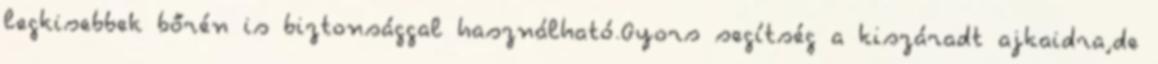
legkisebbek bőrén is biztonsággal használható.Gyors segítség a kiszáradt ajkaidra,de